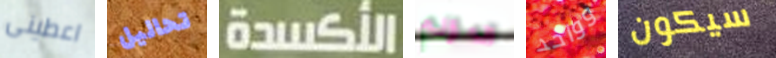
اعطينى تحاليل الأكسدة المؤلم وواحد سيكون